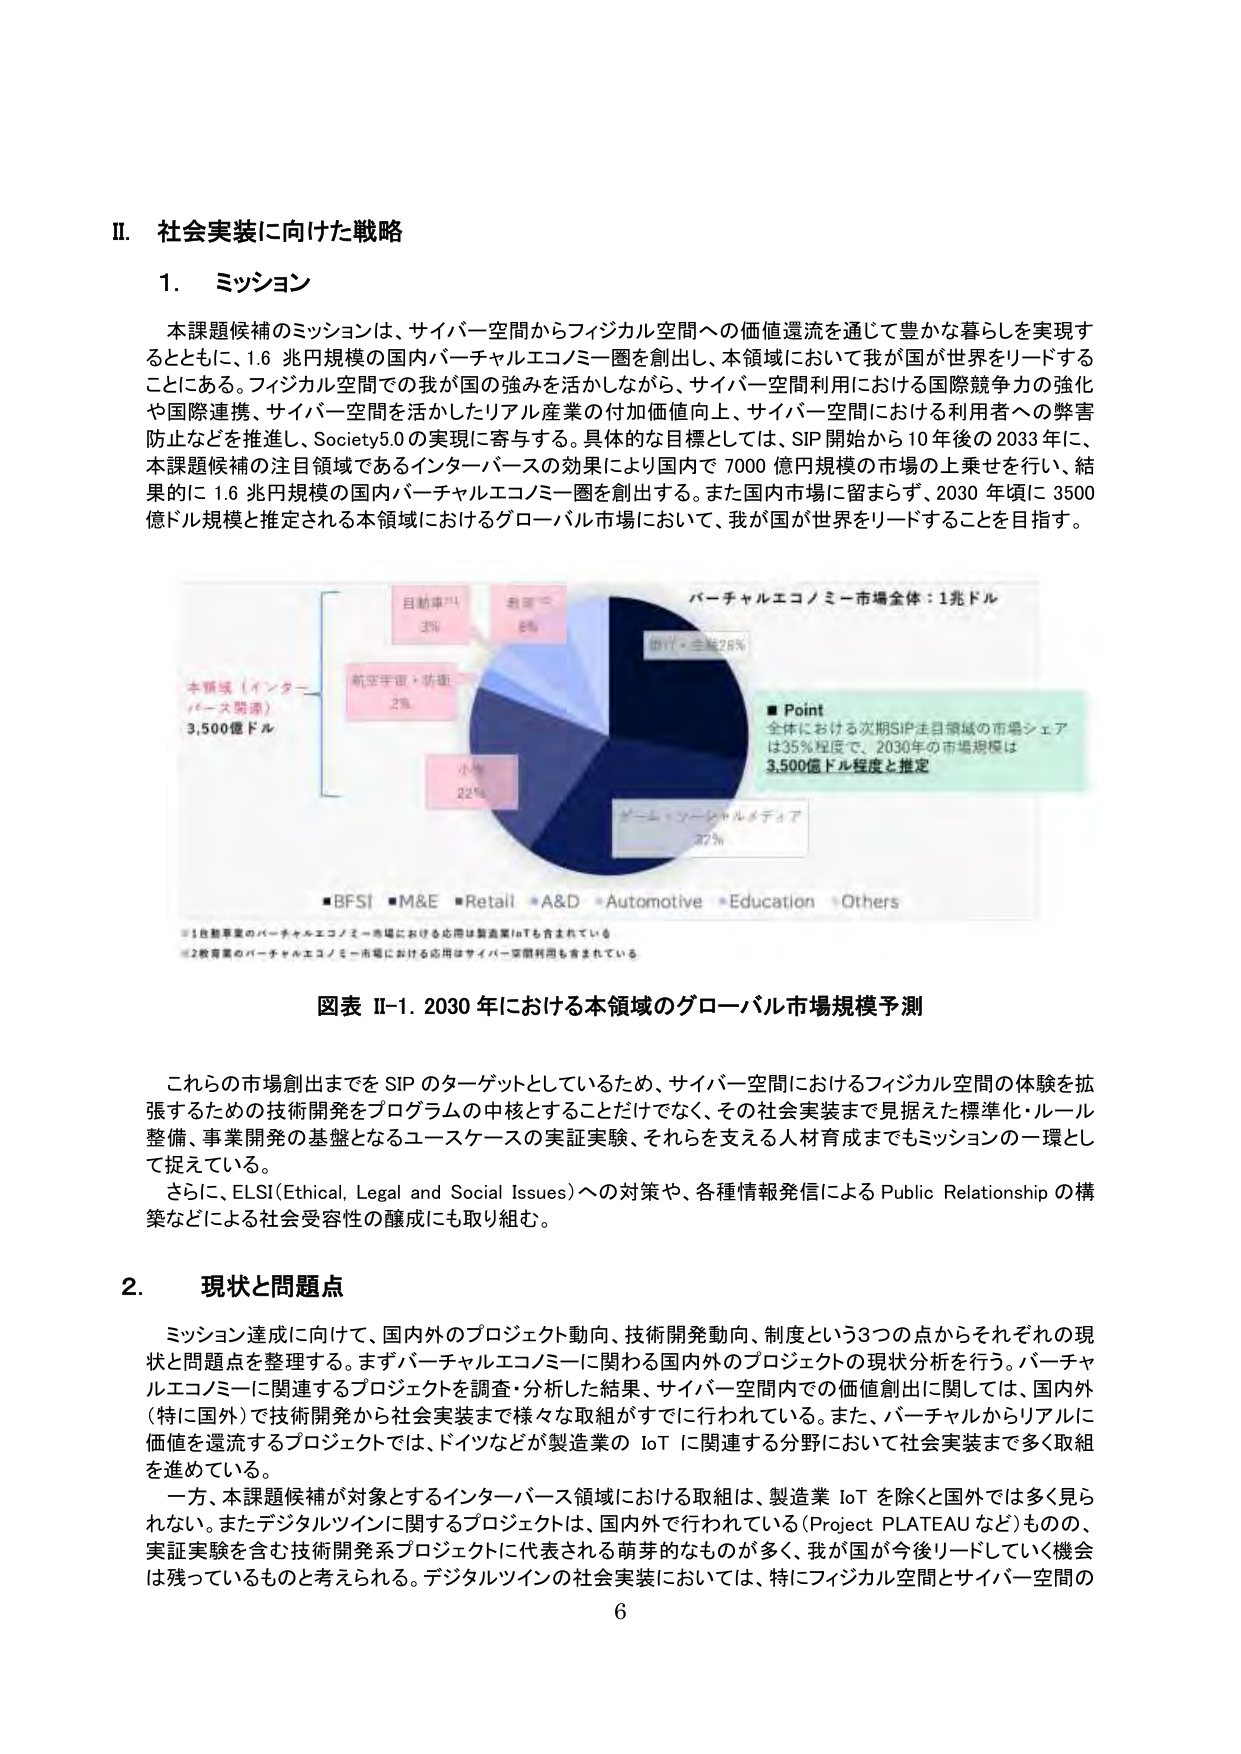
II. 社会実装に向けた戦略

1. ミッション

本課題候補のミッションは、サイバー空間からフィジカル空間への価値還流を通じて豊かな暮らしを実現するとともに、1.6 兆円規模の国内バーチャルエコノミー圏を創出し、本領域において我が国が世界をリードすることにある。フィジカル空間での我が国の強みを活かしながら、サイバー空間利用における国際競争力の強化や国際連携、サイバー空間を活かしたリアル産業の付加価値向上、サイバー空間における利用者への弊害防止などを推進し、Society5.0の実現に寄与する。具体的な目標としては、SIP開始から10年後の2033年に、本課題候補の注目領域であるインターバースの効果により国内で7000億円規模の市場の上乗せを行い、結果的に1.6兆円規模の国内バーチャルエコノミー圏を創出する。また国内市場に留まらず、2030年頃に3500億ドル規模と推定される本領域におけるグローバル市場において、我が国が世界をリードすることを目指す。

バーチャルエコノミー市場全体：1兆ドル

■Point
全体における次期SIP注目領域の市場シェアは35％程度で、2030年の市場規模は3,500億ドル程度と推定

自動車 3%
教育 5%
航空宇宙・防衛 2%
小売 22%
ゲーム・ソーシャルメディア 37%
旅行・金融 75%

■BFSI ■M&E ■Retail ■A&D ■Automotive ■Education ■Others

※1自動車業のバーチャルエコノミー市場における応用は製造業IoTも含まれている
※2教育業のバーチャルエコノミー市場における応用はサイバー空間利用も含まれている

図表 II-1. 2030年における本領域のグローバル市場規模予測

これらの市場創出までをSIPのターゲットとしているため、サイバー空間におけるフィジカル空間の体験を拡張するための技術開発をプログラムの中核とすることだけでなく、その社会実装まで見据えた標準化・ルール整備、事業開発の基盤となるユースケースの実証実験、それらを支える人材育成までもミッションの一環として捉えている。

さらに、ELSI（Ethical, Legal and Social Issues）への対策や、各種情報発信によるPublic Relationshipの構築などによる社会受容性の醸成にも取り組む。

2. 現状と問題点

ミッション達成に向けて、国内外のプロジェクト動向、技術開発動向、制度という3つの点からそれぞれの現状と問題点を整理する。まずバーチャルエコノミーに関わる国内外のプロジェクトの現状分析を行う。バーチャルエコノミーに関連するプロジェクトを調査・分析した結果、サイバー空間内での価値創出に関しては、国内外（特に国外）で技術開発から社会実装まで様々な取組がすでに行われている。また、バーチャルからリアルに価値を還流するプロジェクトでは、ドイツなどが製造業のIoTに関連する分野において社会実装まで多く取組を進めている。

一方、本課題候補が対象とするインターバース領域における取組は、製造業IoTを除くと国外では多く見られない。またデジタルツインに関するプロジェクトは、国内外で行われている（Project PLATEAUなど）ものの、実証実験を含む技術開発系プロジェクトに代表される萌芽的なものが多く、我が国が今後リードしていく機会は残っているものと考えられる。デジタルツインの社会実装においては、特にフィジカル空間とサイバー空間の

6